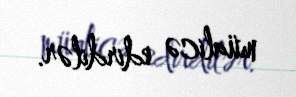
müalicə edirdilər.